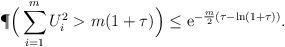
LaTeX: \begin{align*}\P\Big( \sum_{i=1}^m U_i^2 > m(1+\tau) \Big) \leq {\rm e} ^{-\frac{m}{2}(\tau - \ln(1+ \tau))}.\end{align*}